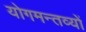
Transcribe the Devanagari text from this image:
योगमन्तव्यों